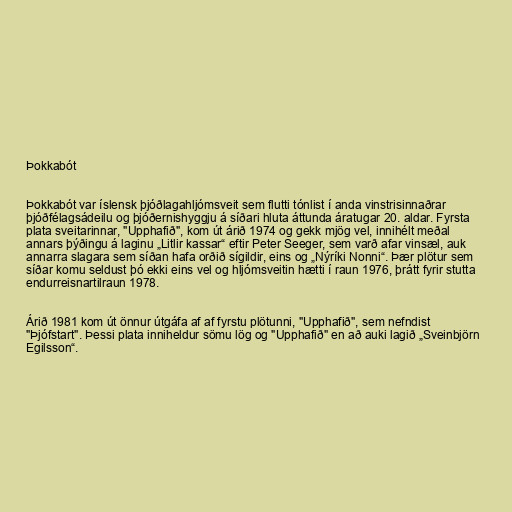
Þokkabót

Þokkabót var íslensk þjóðlagahljómsveit sem flutti tónlist í anda vinstrisinnaðrar
þjóðfélagsádeilu og þjóðernishyggju á síðari hluta áttunda áratugar 20. aldar. Fyrsta
plata sveitarinnar, "Upphafið", kom út árið 1974 og gekk mjög vel, innihélt meðal
annars þýðingu á laginu „Litlir kassar“ eftir Peter Seeger, sem varð afar vinsæl, auk
annarra slagara sem síðan hafa orðið sígildir, eins og „Nýríki Nonni“. Þær plötur sem
síðar komu seldust þó ekki eins vel og hljómsveitin hætti í raun 1976, þrátt fyrir stutta
endurreisnartilraun 1978.

Árið 1981 kom út önnur útgáfa af af fyrstu plötunni, "Upphafið", sem nefndist
"Þjófstart". Þessi plata inniheldur sömu lög og "Upphafið" en að auki lagið „Sveinbjörn
Egilsson“.